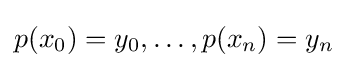
p(x_{0})=y_{0},\ldots ,p(x_{n})=y_{n}